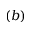
( b )